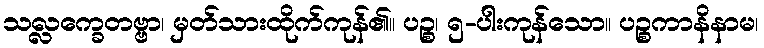
သလ္လက္ခေတဗ္ဗာ၊ မှတ်သားထိုက်ကုန်၏။ ပဉ္စ၊ ၅-ပါးကုန်သော။ ပဉ္စကာနိနာမ၊